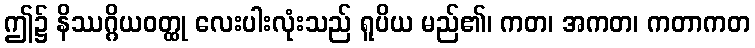
ဤ၌ နိဿဂ္ဂိယဝတ္ထု လေးပါးလုံးသည် ရူပိယ မည်၏၊ ကတ၊ အကတ၊ ကတာကတ